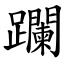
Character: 躝